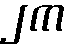
၂က